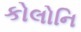
કોલોનિ